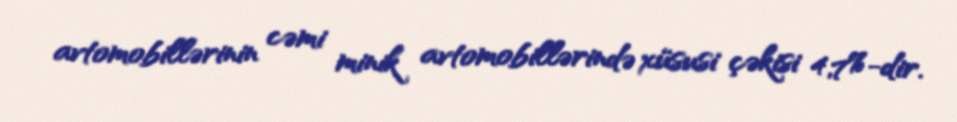
avtomobillərinin cəmi minik avtomobillərində xüsusi çəkisi 4,7%-dir.